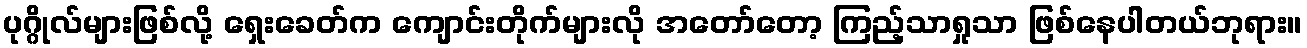
ပုဂ္ဂိုလ်များဖြစ်လို့ ရှေးခေတ်က ကျောင်းတိုက်များလို အတော်တော့ ကြည့်သာရှုသာ ဖြစ်နေပါတယ်ဘုရား။